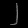
Digit: ၂